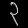
Digit: ၃